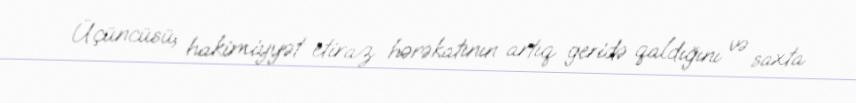
Üçüncüsü, hakimiyyət etiraz hərəkatının artıq geridə qaldığını və saxta